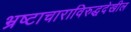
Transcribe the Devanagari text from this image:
भ्रष्टाचाराविरुद्धदेखील